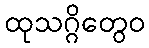
ထုသဂ္ဂိတွေဝ